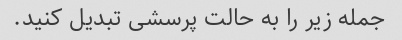
جمله زیر را به حالت پرسشی تبدیل کنید.